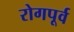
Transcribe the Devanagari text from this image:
रोगपूर्व